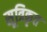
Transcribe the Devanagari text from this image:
सूत्रिकृत